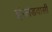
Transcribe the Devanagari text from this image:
इंग्लेंडवासी